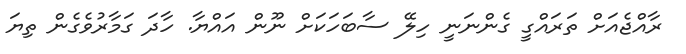
ރާއްޖެއަށް ތަރައްގީ ގެންނަނީ ހިލޭ ސާބަހަކަށް ނޫން އައްޔާ. ހާދަ ގަމާރުވެގެން ތިޔަ